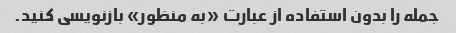
جمله را بدون استفاده از عبارت «به منظور» بازنویسی کنید.